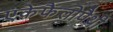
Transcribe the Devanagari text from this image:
एंकेफैलोपैथी